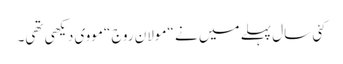
کئی سال پہلے میں نے “مولان روج “مووی دیکھی تھی۔